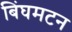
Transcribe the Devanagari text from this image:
बिंघमटन